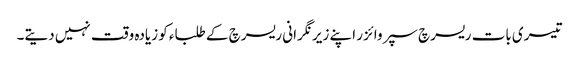
تیسری بات ریسرچ سپروائزر اپنے زیر نگرانی ریسرچ کے طلباء کو زیادہ وقت نہیں دیتے۔